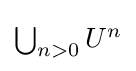
{\textstyle \bigcup _{n>0}U^{n}}